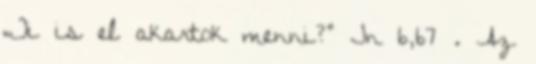
„Ti is el akartok menni?” Jn 6,67 . Az